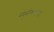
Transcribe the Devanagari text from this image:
नमुनीकरणाचा